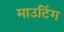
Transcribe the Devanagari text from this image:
माउटिंग